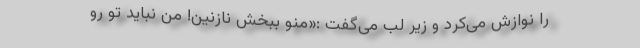
را نوازش می‌کرد و زیر لب می‌گفت :«منو ببخش نازنین! من نباید تو رو